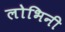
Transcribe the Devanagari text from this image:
लोभिनी